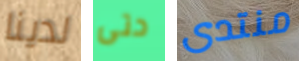
لدينا حتى منتدى